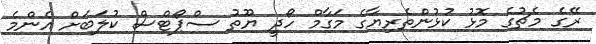
ރޭގެ މެޗުގެ މޮޅު ކުޅުންތެރިޔާގެ މަގާމް ހޯދީ ޔޫތު ސްޕޯޓްސް ކުލަބަށް އެންމެ